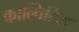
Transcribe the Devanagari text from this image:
काल्विटिस